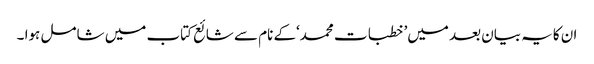
ان کایہ بیان بعد میں’ خطبات محمد‘کے نام سے شائع کتاب میں شامل ہوا ۔